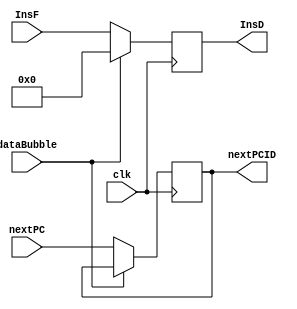
module IFIDreg(input clk,input [31:0]InsF,input [31:0]nextPC,output reg[31:0]InsD,output reg[31:0]nextPCID,input dataBubble);
initial 
begin
InsD<=32'b0;
nextPCID<=32'b0;
end
always@(posedge clk)
begin
#2
if(dataBubble==0)
begin
InsD<=InsF;
nextPCID<=nextPC;
end
else
begin
InsD<=32'b0;
end
end
endmodule